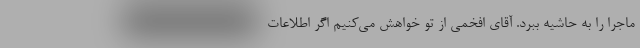
ماجرا را به حاشیه ببرد. آقای افخمی از تو خواهش می‌کنیم اگر اطلاعات